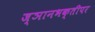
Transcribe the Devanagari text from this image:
ज्ञानभक्तीपर